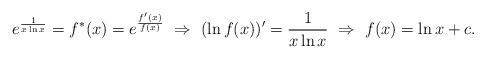
LaTeX: \begin{align*} e^{\frac{1}{x\ln x}}=f^*(x)=e^{\frac{f'(x)}{f(x)}}\ \Rightarrow \ (\ln f(x))'=\frac{1}{x\ln x}\ \Rightarrow \ f(x)=\ln x+c. \end{align*}